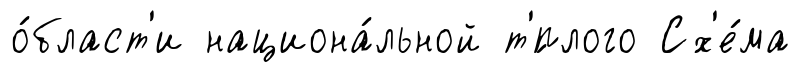
о́бласт'и национа́льной т'́плого Сх'е́ма